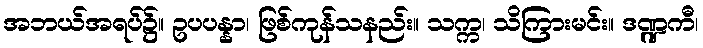
အဘယ်အရပ်၌။ ဥပပန္နာ၊ ဖြစ်ကုန်သနည်း။ သက္က၊ သိကြားမင်း။ ဒဏ္ဍကီ၊